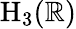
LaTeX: \mathrm{{H}}_{3}(\mathbb{R})